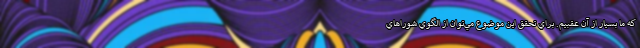
كه ما بسيار از آن عقبيم. براي تحقق اين موضوع مي‌توان از الگوي شوراهاي